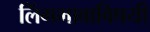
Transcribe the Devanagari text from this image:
लिंगभावाविषयी